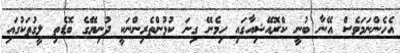
އެހެންނަމަވެސް އޭނާ ބުނީ ކްރޮއޭޝިއާގައި ހިމެނޭ ގިނަ ކުޅުންތެރިންނަކީ ދުނިޔޭގެ ބޮޑެތި ލީގުތަކުގައި